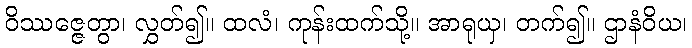
ဝိဿဇ္ဇေတွာ၊ လွှတ်၍။ ထလံ၊ ကုန်းထက်သို့။ အာရုယှ၊ တက်၍။ ဌာနံဝိယ၊